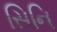
સિનિ